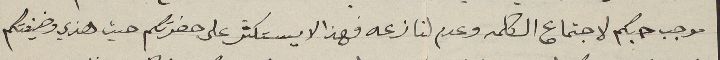
موجب حبكم لاجتماع الكلمه وعدم لنازعه فهذا الا يستكثر على حضرتكم حيث هذي وضيفتكم